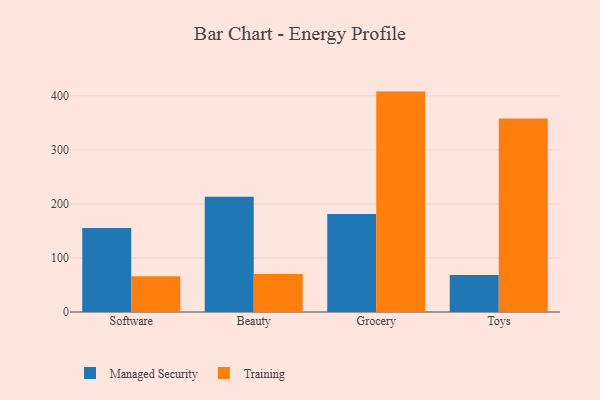
{"axis": {"x": "Category", "y": "Conversion Rate (%)"}, "legend": ["Managed Security", "Training"], "data": [{"x": "Software", "y": 155.5, "type": "Managed Security"}, {"x": "Software", "y": 66.1, "type": "Training"}, {"x": "Beauty", "y": 213.4, "type": "Managed Security"}, {"x": "Beauty", "y": 70.2, "type": "Training"}, {"x": "Grocery", "y": 181.2, "type": "Managed Security"}, {"x": "Grocery", "y": 407.8, "type": "Training"}, {"x": "Toys", "y": 68.4, "type": "Managed Security"}, {"x": "Toys", "y": 358.2, "type": "Training"}]}